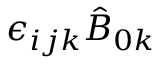
\epsilon _ { i j k } \hat { B } _ { 0 k }